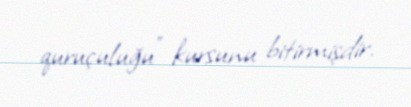
quruçuluğu" kursunu bitirmişdir.